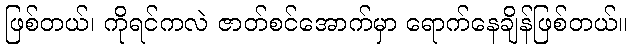
ဖြစ်တယ်၊ ကိုရင်ကလဲ ဇာတ်စင်အောက်မှာ ရောက်နေချိန်ဖြစ်တယ်။